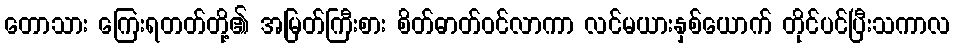
တောသား ကြေးရတတ်တို့၏ အမြတ်ကြီးစား စိတ်ဓာတ်ဝင်လာကာ လင်မယားနှစ်ယောက် တိုင်ပင်ပြီးသကာလ